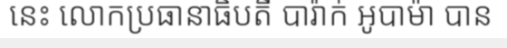
នេះ លោកប្រធានាធិបតី បារ៉ាក់ អូបាម៉ា បាន